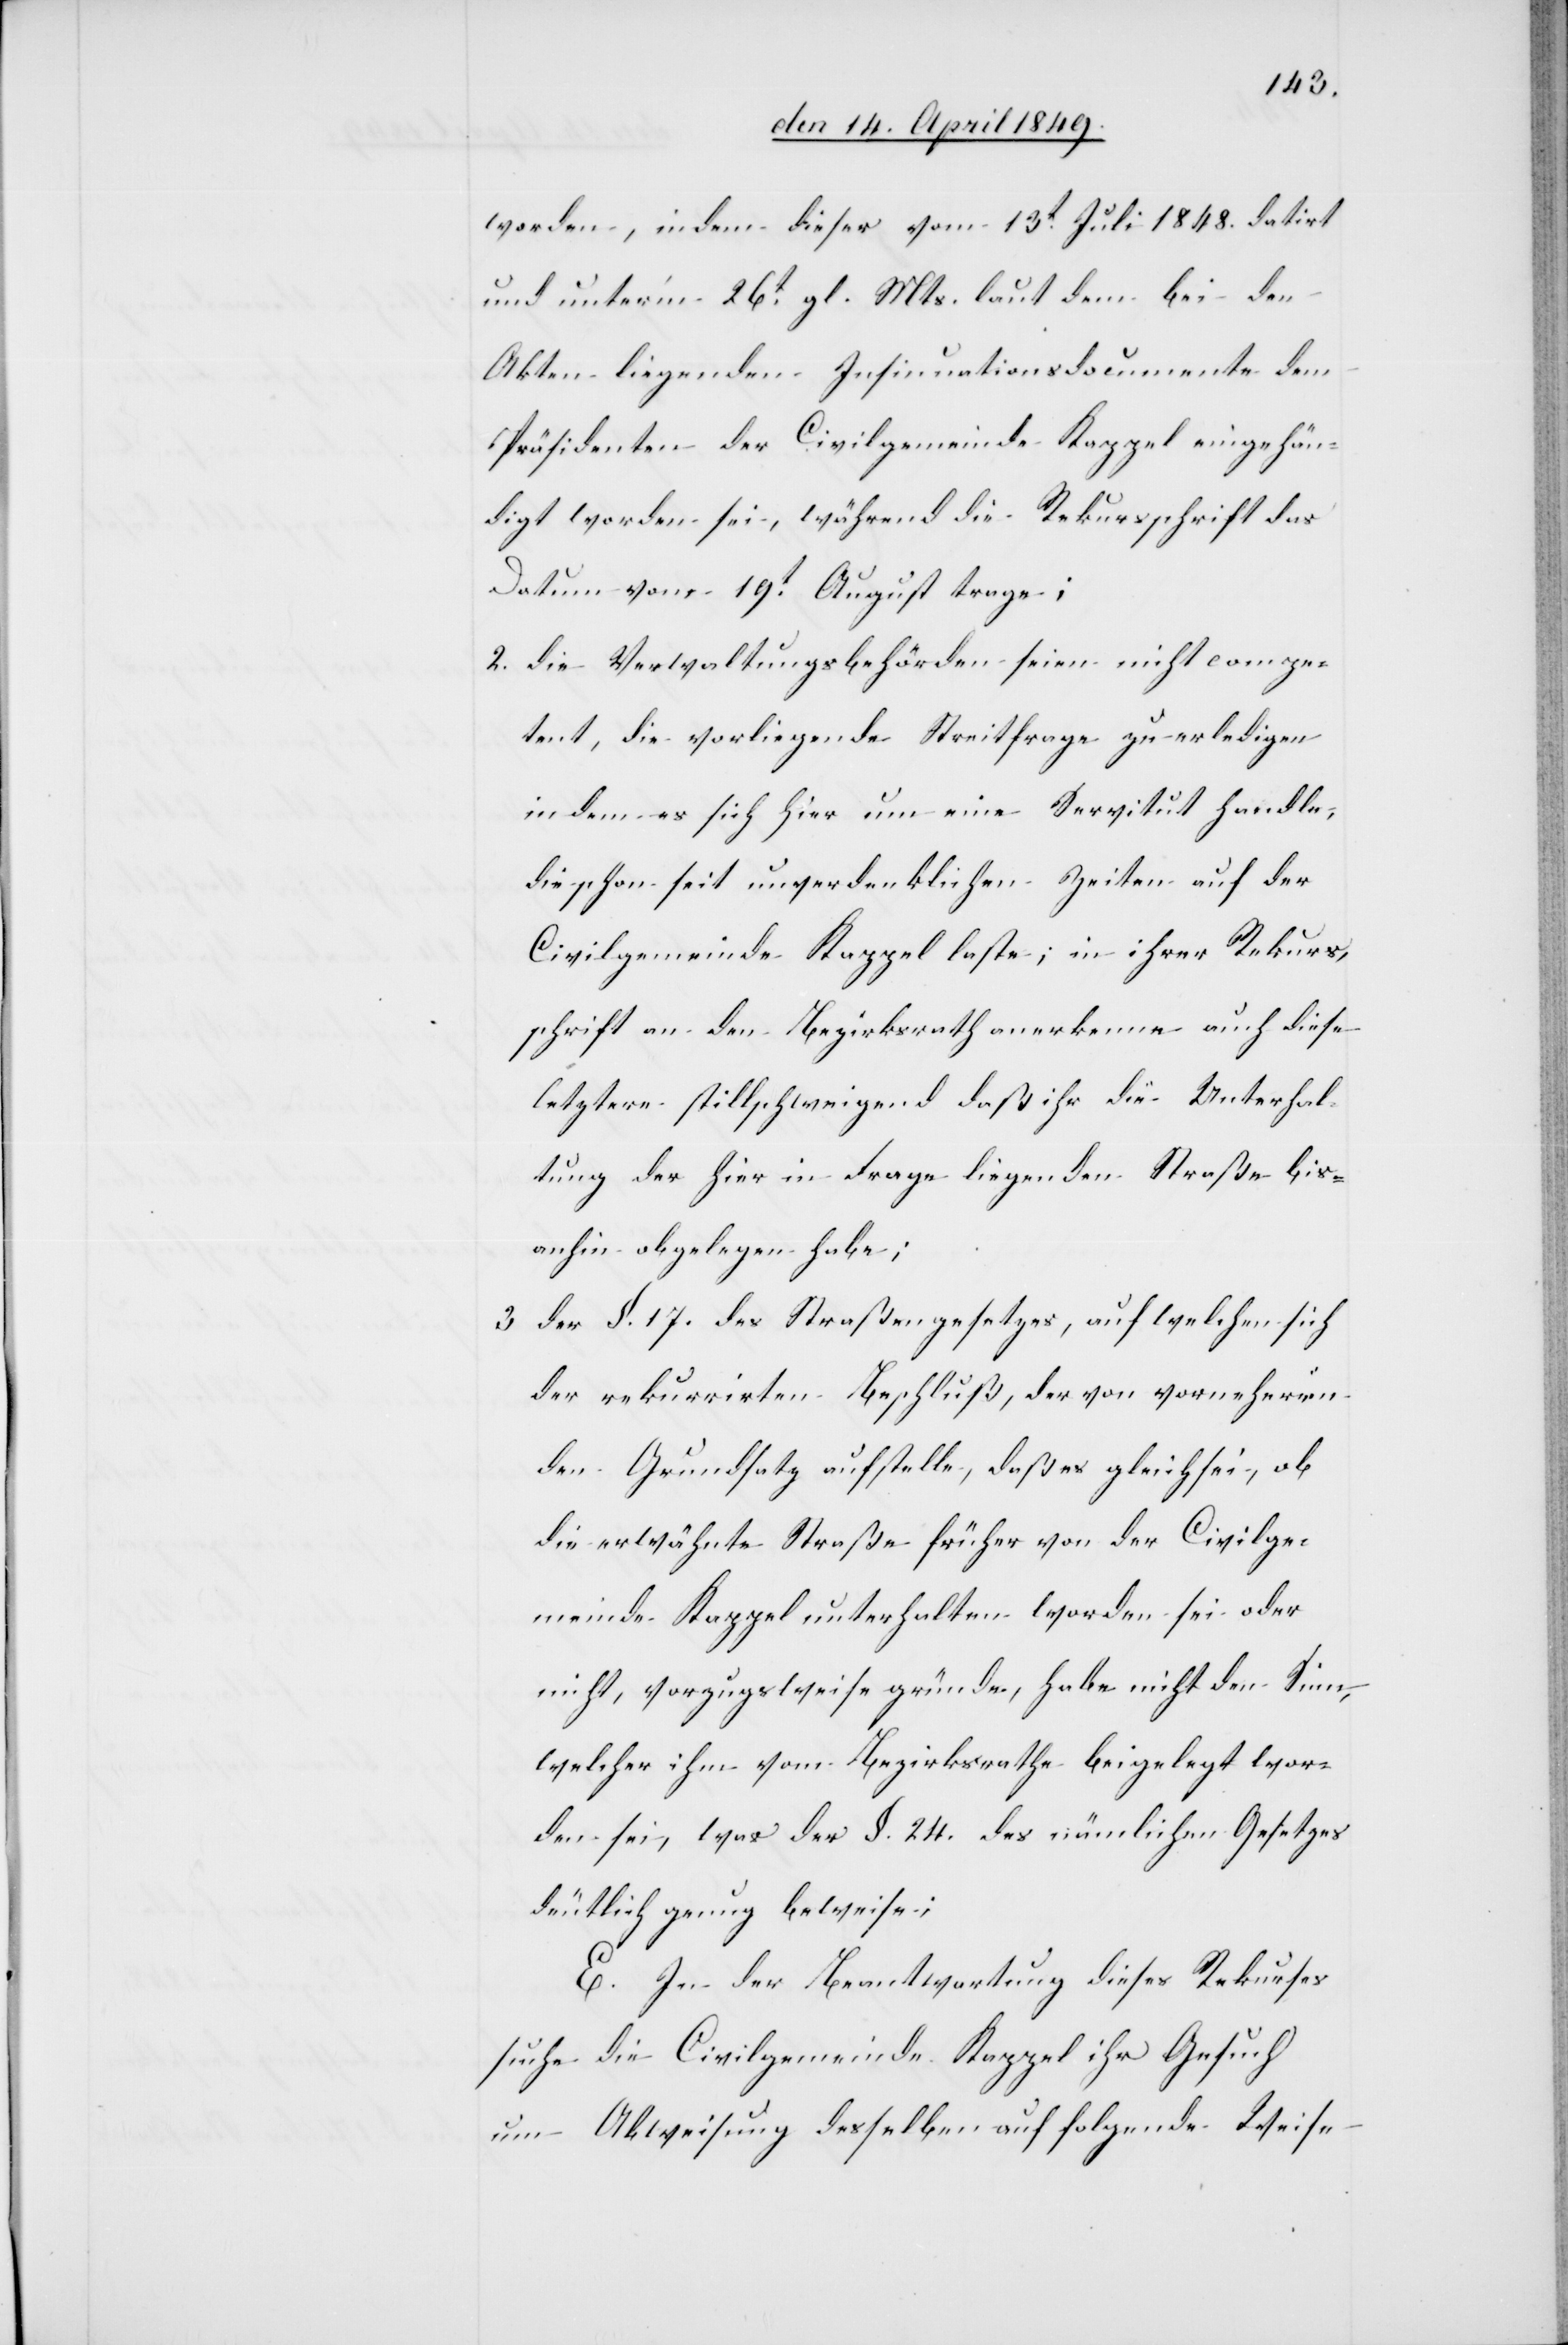
worden, indem dieser vom 13t Juli 1848. datirt
und unterm 26t gl. Mts. laut dem bei den
Akten liegenden Insinuationsdocumente dem
Präsidenten der Civilgemeinde Kappel eingehän¬
digt worden sei, während die Rekursschrift das
Datum vom 19t August trage;
2. die Verwaltungsbehörden seien nicht compe¬
tent, die vorliegende Streitfrage zu erledigen
in dem es sich hier um eine Servitut handle,
die schon seit unverdenklichen Zeiten auf der
Civilgemeinde Kappel laste, in ihrer Rekurs¬
schrift an den Bezirksrath anerkenne auch diese
letztere stillschweigend daß ihr die Unterhal¬
tung der hier in Frage liegenden Straße bis¬
anhin obgelegen habe;
3. der §. 17. des Straßengesetzes, auf welchen sich
der rekurrirten Beschluß, der von vorneherein
den Grundsatz aufstelle, daß es gleich sei, ob
die erwähnte Straße früher von der Civilge¬
meinde Kappel unterhalten worden sei oder
nicht, vorzugsweise gründe, habe nicht den Sinn,
welcher ihm vom Bezirksrathe beigelegt wor¬
den sei, was der §. 24. des nämlichen Gesetzes
deutlich genug beweise;
E. In der Beantwortung dieses Rekurses
suche die Civilgemeinde Kappel ihr Gesuch
um Abweisung desselben auf folgende Weise